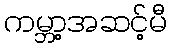
ကမ္ဘာ့အဆင့်မီ